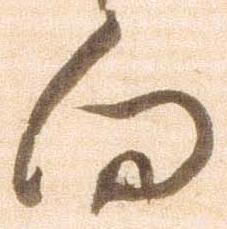
向